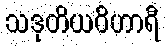
သဒုတိယဝိဟာရီ